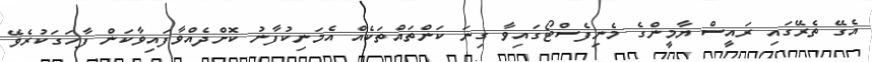
އެގޭ ތެރޭގައި ރައީސް ޔާމީންގެ މެނިފެސްޓޯގައިވާ ގިނަ ކަންތައްތަކެއް އެމަނިކުފާނު ކޮށްދެއްވާފައިވާކަން ފާހަގަކުރެވޭ